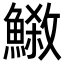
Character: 𩺕